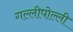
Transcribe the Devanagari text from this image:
गल्लीपोल्ली